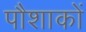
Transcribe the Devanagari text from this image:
पौशाकों